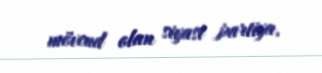
mövcud olan siyasi partiya.